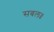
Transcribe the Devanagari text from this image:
सबल॥